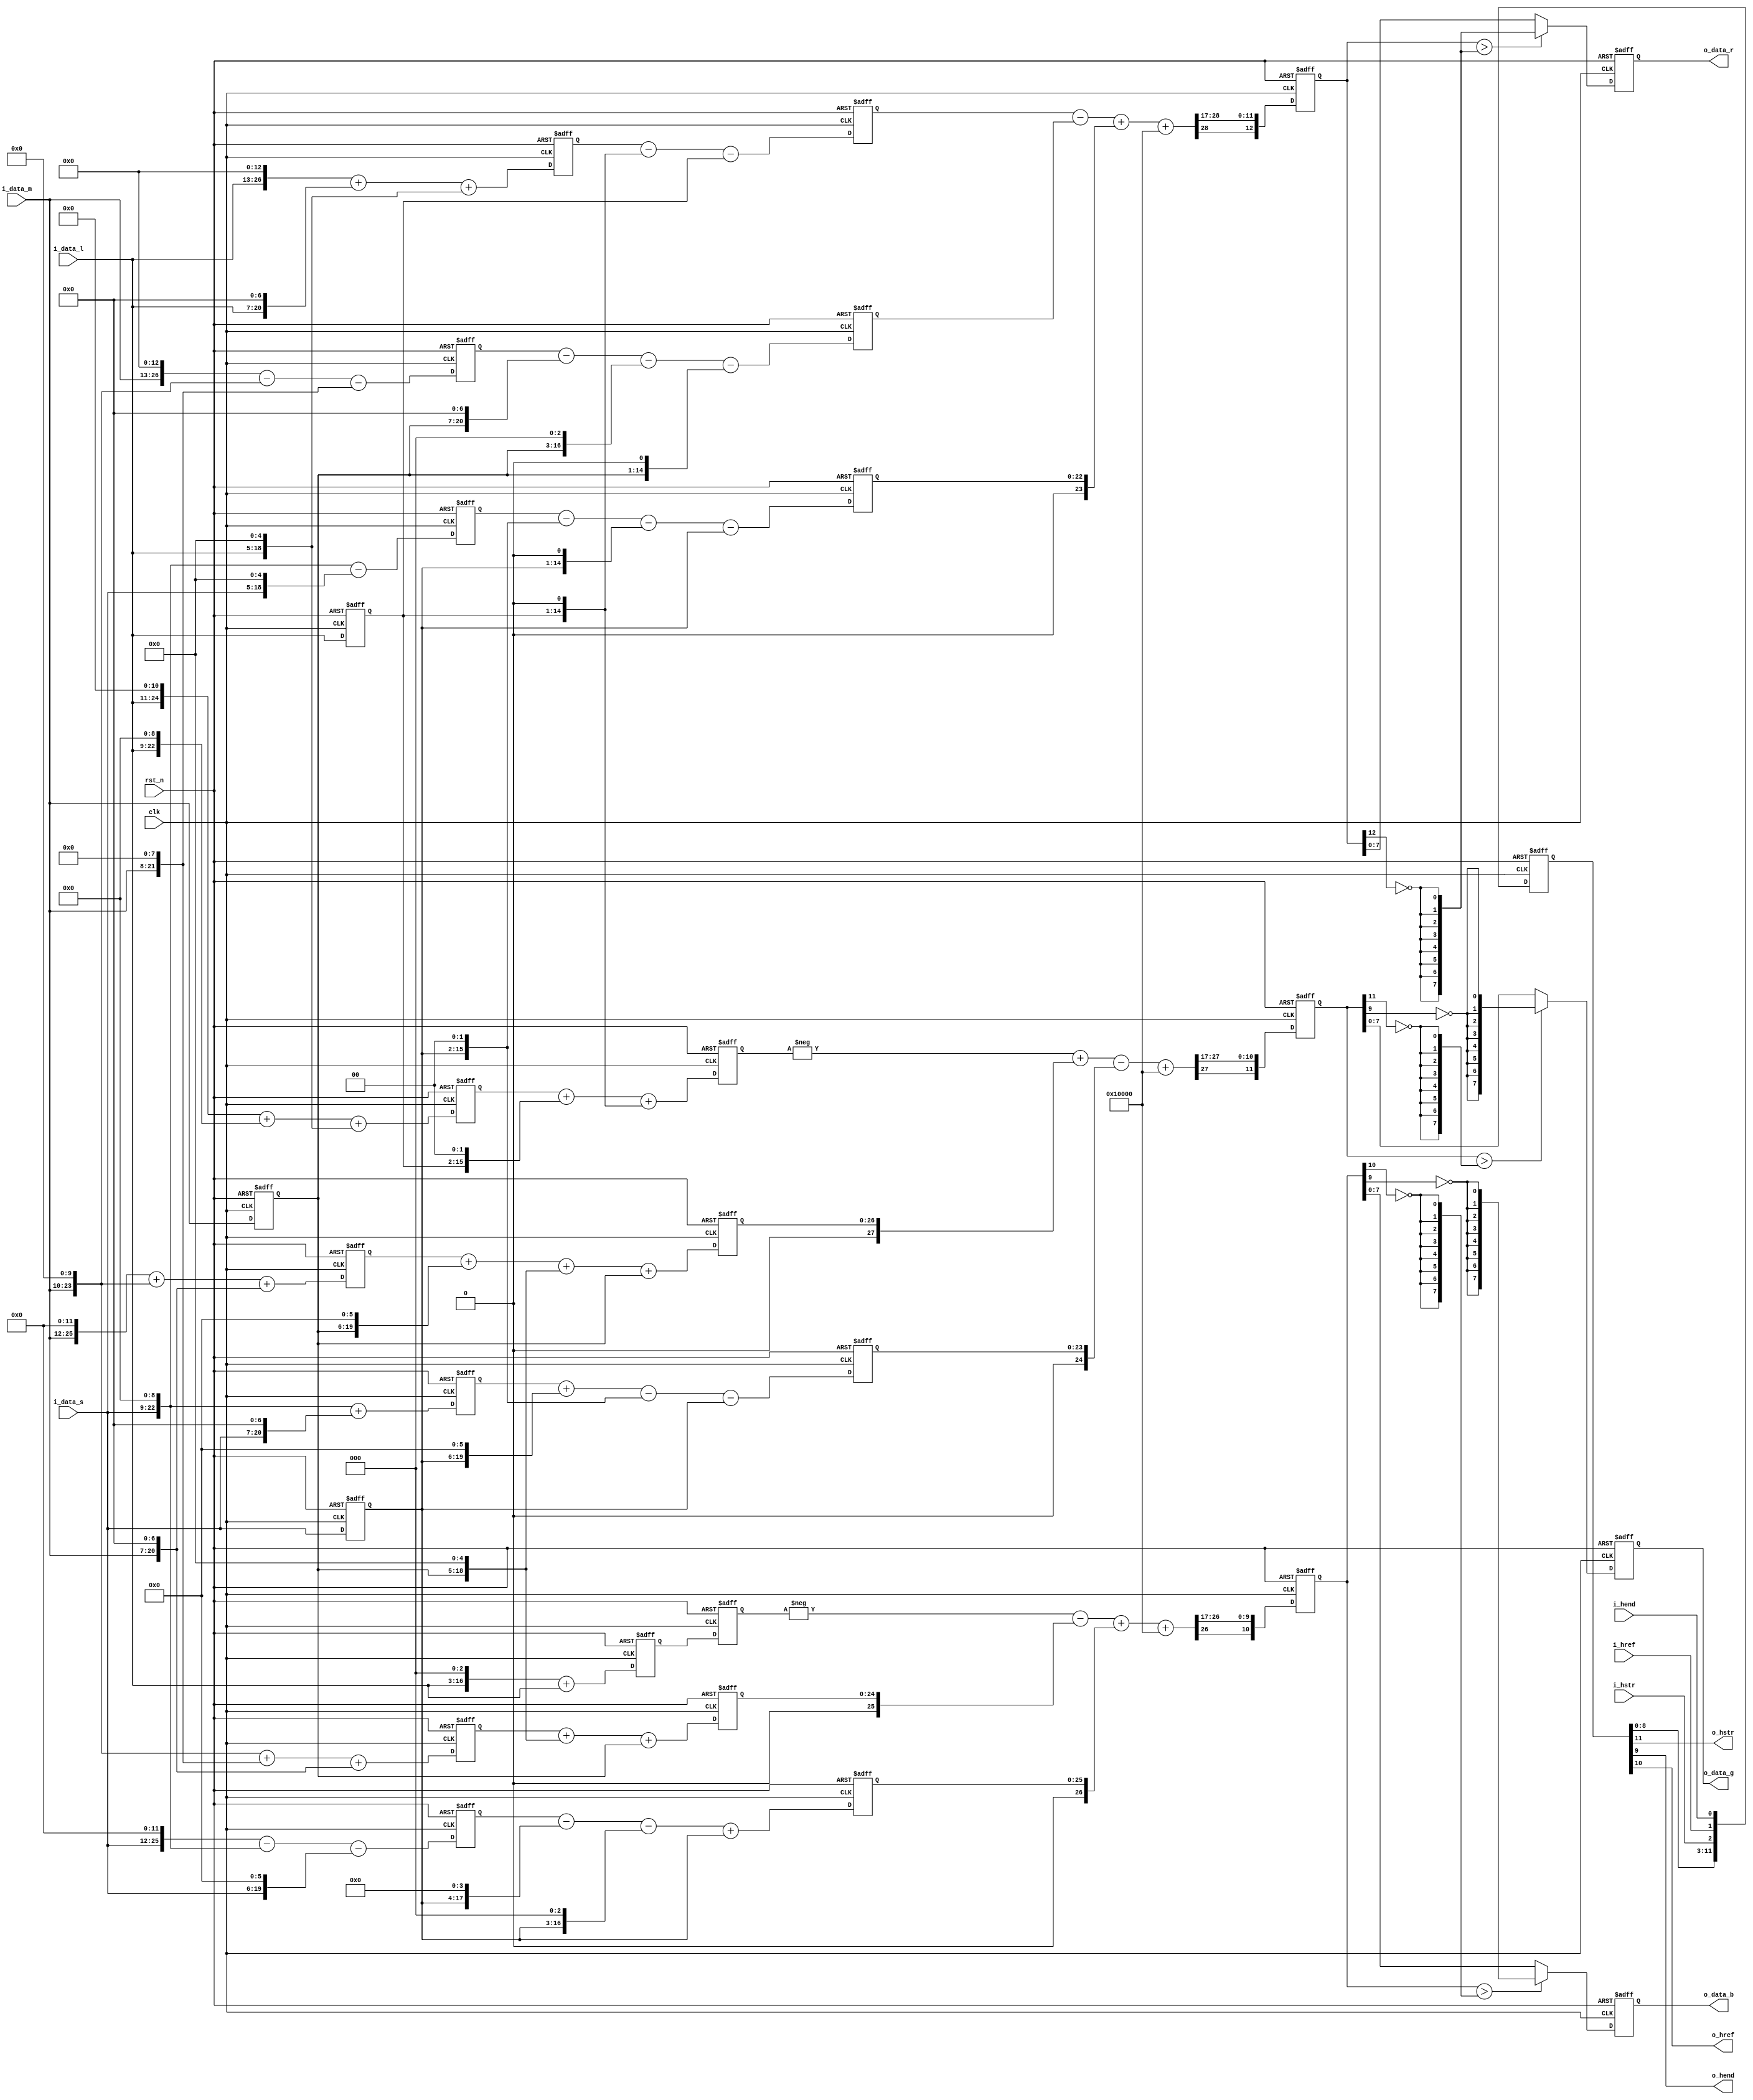
// +FHDR -----------------------------------------------------------------------
// Copyright (c) Silicon Optronics. Inc. 2022
//
//                      2.Martin Chen 
//                      3.Humphrey Lin
// Version:             1.0
//
// File Description:    LMS to RGB Converter
// Abbreviations:
// Parameters:          PRECISION: S 3.11
// Data precision :     input  :     8.6
//                      outupt :     8.0
// Consuming time :     4T  
// -FHDR -----------------------------------------------------------------------

module ip_lms2rgb 
   #(
    parameter CIIW    = 8,               //Accuracy Input Integer Width     //Accuracy can be reduced , but not improved 
    parameter CIPW    = 6,               //Accuracy Input Point Width       //Accuracy can be reduced , but not improved 
    parameter COIW    = 8,               //Accuracy Output Integer Width    //Accuracy can be reduced , but not improved 
    parameter COPW    = 0,               //Accuracy Output Point Width      //Accuracy can be reduced , but not improved 
    parameter CIW     = CIIW + CIPW,
    parameter COW     = COIW + COPW
    )
(
    
//----------------------------------------------//
// Output declaration                           //
//----------------------------------------------//
output reg [COW-1:0]         o_data_r,
output reg [COW-1:0]         o_data_g,
output reg [COW-1:0]         o_data_b,
output                       o_hstr,
output                       o_hend,
output                       o_href,

//----------------------------------------------//
// Input declaration                            //
//----------------------------------------------//
input      [CIW-1:0]         i_data_l,
input      [CIW-1:0]         i_data_m,
input      [CIW-1:0]         i_data_s,
input                        i_hstr,
input                        i_hend,
input                        i_href,
input                        clk,
input                        rst_n
);

//----------------------------------------------//
// Local parameter                              //
//----------------------------------------------//
localparam [4:0]            SHIFT_BIT = (11 +CIPW -COPW);  

localparam [3:0]            QUE_NUM   = 4;
localparam [3:0]            QUE_TOL   = (QUE_NUM)*3-1;

localparam                  R_SFT_MSB = 16 + CIW-SHIFT_BIT;
localparam                  G_SFT_MSB = 15 + CIW-SHIFT_BIT;
localparam                  B_SFT_MSB = 14 + CIW-SHIFT_BIT;

//----------------------------------------------//
// Wire declaration                             //
//----------------------------------------------//
//-------------------------------------------------------------------------------------------- input
reg          [CIW-1:0]                   i_data_l_q0;
reg          [CIW-1:0]                   i_data_m_q0;
reg          [CIW-1:0]                   i_data_s_q0;

reg                                      i_hstr_q0;
reg                                      i_hend_q0;
reg                                      i_href_q0;

//-------------------------------------------------------------------------------------------- color convert
reg          [14 + CIW -1 : 0]           l_x8349_part_1;
reg          [13 + CIW -1 : 0]           m_x6774_part_1;
reg          [9  + CIW -1 : 0]           s_x473_part_1;
wire         [14 + CIW -1 : 0]           l_x8349_part_1_nxt;
wire         [13 + CIW -1 : 0]           m_x6774_part_1_nxt;
wire         [9  + CIW -1 : 0]           s_x473_part_1_nxt;
reg          [14 + CIW -1 : 0]           l_x8349;
reg          [13 + CIW -1 : 0]           m_x6774;
reg          [9  + CIW -1 : 0]           s_x473;
wire         [14 + CIW -1 : 0]           l_x8349_nxt;
wire         [13 + CIW -1 : 0]           m_x6774_nxt;
wire         [9  + CIW -1 : 0]           s_x473_nxt;
wire signed  [15 + CIW -1 : 0]           l_x8349_sgn;
wire signed  [14 + CIW -1 : 0]           m_x6774_sgn;
wire signed  [10 + CIW -1 : 0]           s_x473_sgn;
wire signed  [SHIFT_BIT:0]               r_x2048_rnd_sgn;
reg  signed  [R_SFT_MSB -1 : 0]          r_x2048_sft_sgn;
wire signed  [R_SFT_MSB -1 : 0]          r_x2048_sft_sgn_nxt;

reg          [12 + CIW -1 : 0]           l_x2598_part_1;
reg          [13 + CIW -1 : 0]           m_x5345_part_1;
reg          [10 + CIW -1 : 0]           s_x699_part_1;
wire         [12 + CIW -1 : 0]           l_x2598_part_1_nxt;
wire         [13 + CIW -1 : 0]           m_x5345_part_1_nxt;
wire         [10 + CIW -1 : 0]           s_x699_part_1_nxt;
reg          [12 + CIW -1 : 0]           l_x2598;
reg          [13 + CIW -1 : 0]           m_x5345;
reg          [10 + CIW -1 : 0]           s_x699;
wire         [12 + CIW -1 : 0]           l_x2598_nxt;
wire         [13 + CIW -1 : 0]           m_x5345_nxt;
wire         [10 + CIW -1 : 0]           s_x699_nxt;
wire signed  [13 + CIW -1 : 0]           l_x2598_sgn;
wire signed  [14 + CIW -1 : 0]           m_x5345_sgn;
wire signed  [11 + CIW -1 : 0]           s_x699_sgn;
wire signed  [SHIFT_BIT:0]               g_x2048_rnd_sgn;
reg  signed  [G_SFT_MSB -1 : 0]          g_x2048_sft_sgn;
wire signed  [G_SFT_MSB -1 : 0]          g_x2048_sft_sgn_nxt;

reg          [4  + CIW -1 : 0]           l_x9_part_1;
reg          [11 + CIW -1 : 0]           m_x1441_part_1;
reg          [12 + CIW -1 : 0]           s_x3497_part_1;
wire         [4  + CIW -1 : 0]           l_x9_part_1_nxt;
wire         [11 + CIW -1 : 0]           m_x1441_part_1_nxt;
wire         [12 + CIW -1 : 0]           s_x3497_part_1_nxt;
reg          [4  + CIW -1 : 0]           l_x9;
reg          [11 + CIW -1 : 0]           m_x1441;
reg          [12 + CIW -1 : 0]           s_x3497;
wire         [4  + CIW -1 : 0]           l_x9_nxt;
wire         [11 + CIW -1 : 0]           m_x1441_nxt;
wire         [12 + CIW -1 : 0]           s_x3497_nxt;
wire signed  [5  + CIW -1 : 0]           l_x9_sgn;
wire signed  [12 + CIW -1 : 0]           m_x1441_sgn;
wire signed  [13 + CIW -1 : 0]           s_x3497_sgn;
wire signed  [SHIFT_BIT:0]               b_x2048_rnd_sgn;
reg  signed  [B_SFT_MSB -1 : 0]          b_x2048_sft_sgn;
wire signed  [B_SFT_MSB -1 : 0]          b_x2048_sft_sgn_nxt;

//-------------------------------------------------------------------------------------------- output
reg          [QUE_TOL:0]                 out_que;
wire         [QUE_TOL:0]                 out_que_nxt;

wire         [COW -1 : 0]                o_data_r_nxt;
wire         [COW -1 : 0]                o_data_g_nxt;
wire         [COW -1 : 0]                o_data_b_nxt;
//----------------------------------------------//
// Code Descriptions                            //
//----------------------------------------------//

//-------------------------------------------------------------------------------------------- color convert
//In order to reduce the gate count, it must be divided into two parts 

// 11 bit precision 
// R = 4.07666015625*L+ -3.3076171875*M + 0.23095703125*S
// R = (8349/2048)*L+ (-6774/2048)*M + (473/2048)*S

//add stage 1 
assign  l_x8349_part_1_nxt  = (i_data_l << 13) + (i_data_l << 7)    + (i_data_l << 5);  
assign  m_x6774_part_1_nxt  = (i_data_m << 13) - (i_data_m << 10)   - (i_data_m << 8);
assign  s_x473_part_1_nxt   = (i_data_s << 9)  - (i_data_s << 5);

assign  l_x8349_nxt         = l_x8349_part_1   - (i_data_l_q0 << 1) - (i_data_l_q0 << 0);
assign  m_x6774_nxt         = m_x6774_part_1   - (i_data_m_q0 << 7) - (i_data_m_q0 << 3) - (i_data_m_q0 << 1);
assign  s_x473_nxt          = s_x473_part_1    - (i_data_s_q0 << 2) - (i_data_s_q0 << 1) - (i_data_s_q0 << 0);

assign  l_x8349_sgn         = $signed({1'b0,l_x8349});
assign  m_x6774_sgn         = $signed({1'b0,m_x6774});
assign  s_x473_sgn          = $signed({1'b0,s_x473});
assign  r_x2048_rnd_sgn     = $signed({1'b0,1'b1,{(SHIFT_BIT -1){1'b0}}});

assign  r_x2048_sft_sgn_nxt = $signed(l_x8349_sgn - m_x6774_sgn + s_x473_sgn + r_x2048_rnd_sgn) >>> SHIFT_BIT;
assign  r_x2048_bdy         = r_x2048_sft_sgn > $unsigned({COW{!r_x2048_sft_sgn[R_SFT_MSB-1]}});                 //boundary 
assign  o_data_r_nxt        = r_x2048_bdy ? {COW{!r_x2048_sft_sgn[R_SFT_MSB-1]}} : $unsigned(r_x2048_sft_sgn);   //0~255  //maybe overflow or underflow 

// G = -1.2685546875*L+ 2.60986328125*M + -0.34130859375*S
// G = (-2598/2048)*L+ (5345/2048)*M + (-699/2048)*S

assign  l_x2598_part_1_nxt  = (i_data_l << 11) + (i_data_l << 9)    + (i_data_l << 5);
assign  m_x5345_part_1_nxt  = (i_data_m << 12) + (i_data_m << 10)   + (i_data_m << 7);
assign  s_x699_part_1_nxt   = (i_data_s << 9)  + (i_data_s << 7);

assign  l_x2598_nxt         = l_x2598_part_1   + (i_data_l_q0 << 2) + (i_data_l_q0 << 1);
assign  m_x5345_nxt         = m_x5345_part_1   + (i_data_m_q0 << 6) + (i_data_m_q0 << 5) + (i_data_m_q0 << 0);
assign  s_x699_nxt          = s_x699_part_1    + (i_data_s_q0 << 6) - (i_data_s_q0 << 2) - (i_data_s_q0 << 0);

assign  l_x2598_sgn         = $signed({1'b0,l_x2598});
assign  m_x5345_sgn         = $signed({1'b0,m_x5345});
assign  s_x699_sgn          = $signed({1'b0,s_x699});
assign  g_x2048_rnd_sgn     = $signed({1'b0,1'b1,{(SHIFT_BIT -1){1'b0}}});

assign  g_x2048_sft_sgn_nxt = $signed(-l_x2598_sgn + m_x5345_sgn - s_x699_sgn + g_x2048_rnd_sgn) >>> SHIFT_BIT;
assign  g_x2048_bdy         = g_x2048_sft_sgn > $unsigned({COW{!g_x2048_sft_sgn[G_SFT_MSB-1]}});                 //boundary 
assign  o_data_g_nxt        = g_x2048_bdy ? {COW{!g_x2048_sft_sgn[COW+1]}} : $unsigned(g_x2048_sft_sgn);         //0~255  //maybe overflow or underflow 


// B = -0.00439453125*L+ -0.70361328125*M + 1.70751953125*S
// B = (-9/2048)*L+ (-1441/2048)*M + (3497/2048)*S

assign  l_x9_part_1_nxt     = (i_data_l << 3)  + (i_data_l << 0);
assign  m_x1441_part_1_nxt  = (i_data_m << 10) + (i_data_m << 8)    + (i_data_m << 7);
assign  s_x3497_part_1_nxt  = (i_data_s << 12) - (i_data_s << 9)    - (i_data_s << 6);

assign  l_x9_nxt            = l_x9_part_1;
assign  m_x1441_nxt         = m_x1441_part_1   + (i_data_m_q0 << 5) + (i_data_m_q0 << 0);
assign  s_x3497_nxt         = s_x3497_part_1   - (i_data_s_q0 << 4) - (i_data_s_q0 << 3) + (i_data_s_q0 << 0);

assign  l_x9_sgn            = $signed({1'b0,l_x9});
assign  m_x1441_sgn         = $signed({1'b0,m_x1441});
assign  s_x3497_sgn         = $signed({1'b0,s_x3497});
assign  b_x2048_rnd_sgn     = $signed({1'b0,1'b1,{(SHIFT_BIT -1){1'b0}}});

assign  b_x2048_sft_sgn_nxt = $signed(-l_x9_sgn - m_x1441_sgn + s_x3497_sgn + b_x2048_rnd_sgn) >>> SHIFT_BIT;
assign  b_x2048_bdy         = b_x2048_sft_sgn > $unsigned({COW{!b_x2048_sft_sgn[B_SFT_MSB-1]}});                 //boundary 
assign  o_data_b_nxt        = b_x2048_bdy ? {COW{!b_x2048_sft_sgn[COW+1]}} : $unsigned(b_x2048_sft_sgn);         //0~255  //maybe overflow or underflow 

//-------------------------------------------------------------------------------------------- output
assign  out_que_nxt         = {out_que[QUE_TOL:0] , i_hstr,i_href,i_hend};
assign  o_hstr              = out_que[QUE_TOL];
assign  o_href              = out_que[QUE_TOL-1];
assign  o_hend              = out_que[QUE_TOL-2];

always@(posedge clk or negedge rst_n)begin
    if (!rst_n) begin
//-------------------------------------------------------------------------------------------- input
        i_data_l_q0      <= 0;
        i_data_m_q0      <= 0;
        i_data_s_q0      <= 0;
        
//-------------------------------------------------------------------------------------------- color convert
        l_x8349_part_1   <= 0;
        m_x6774_part_1   <= 0;
        s_x473_part_1    <= 0;
        l_x2598_part_1   <= 0;
        m_x5345_part_1   <= 0;
        s_x699_part_1    <= 0;
        l_x9_part_1      <= 0;
        m_x1441_part_1   <= 0;
        s_x3497_part_1   <= 0;

        l_x8349          <= 0;
        m_x6774          <= 0;
        s_x473           <= 0;
        l_x2598          <= 0;
        m_x5345          <= 0;
        s_x699           <= 0;
        l_x9             <= 0;
        m_x1441          <= 0;
        s_x3497          <= 0;
        
        r_x2048_sft_sgn  <= 0;
        g_x2048_sft_sgn  <= 0;
        b_x2048_sft_sgn  <= 0;
//-------------------------------------------------------------------------------------------- output
        out_que          <= 0;
        o_data_r         <= 0;
        o_data_g         <= 0;
        o_data_b         <= 0; 
  
    end
    else begin
//-------------------------------------------------------------------------------------------- input
        i_data_l_q0      <= i_data_l;
        i_data_m_q0      <= i_data_m;
        i_data_s_q0      <= i_data_s;
        
//-------------------------------------------------------------------------------------------- color convert
        l_x8349_part_1   <= l_x8349_part_1_nxt;
        m_x6774_part_1   <= m_x6774_part_1_nxt;
        s_x473_part_1    <= s_x473_part_1_nxt ;
        l_x2598_part_1   <= l_x2598_part_1_nxt;
        m_x5345_part_1   <= m_x5345_part_1_nxt;
        s_x699_part_1    <= s_x699_part_1_nxt ;
        l_x9_part_1      <= l_x9_part_1_nxt;
        m_x1441_part_1   <= m_x1441_part_1_nxt;
        s_x3497_part_1   <= s_x3497_part_1_nxt;

        l_x8349          <= l_x8349_nxt;
        m_x6774          <= m_x6774_nxt;
        s_x473           <= s_x473_nxt ;
        l_x2598          <= l_x2598_nxt;
        m_x5345          <= m_x5345_nxt;
        s_x699           <= s_x699_nxt ;
        l_x9             <= l_x9_nxt   ;
        m_x1441          <= m_x1441_nxt;
        s_x3497          <= s_x3497_nxt;

        r_x2048_sft_sgn  <= r_x2048_sft_sgn_nxt;
        g_x2048_sft_sgn  <= g_x2048_sft_sgn_nxt;
        b_x2048_sft_sgn  <= b_x2048_sft_sgn_nxt;
        
//-------------------------------------------------------------------------------------------- output
        out_que          <= out_que_nxt;
        o_data_r         <= o_data_r_nxt;
        o_data_g         <= o_data_g_nxt;
        o_data_b         <= o_data_b_nxt; 
        
    end
end
endmodule